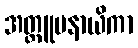
အတ္ထူပနာယိကာ